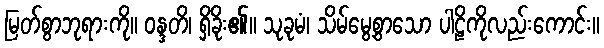
မြတ်စွာဘုရားကို။ ဝန္ဒတိ၊ ရှိခိုး၏။ သုခုမံ၊ သိမ်မွေ့စွာသော ပါဠိကိုလည်းကောင်း။